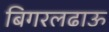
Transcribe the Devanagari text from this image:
बिगरलढाऊ